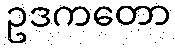
ဥဒကတော